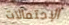
الإحتمالات